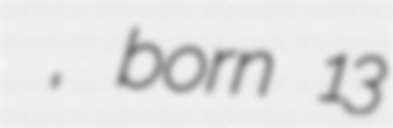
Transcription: אילן שלגי, born 13